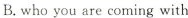
B.whoyou are coming with